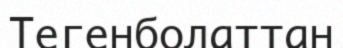
Тегенболаттан